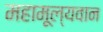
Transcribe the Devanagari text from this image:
महामूल्यवान